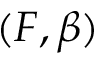
( F , \beta )